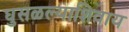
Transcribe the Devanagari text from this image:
घुसळल्याशिवाय